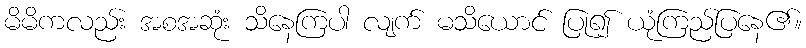
မိမိကလည်း အစအဆုံး သိနေကြပါ လျက် မသိယောင် ပြု၍ ယုံကြည်ပြနေ၏။